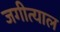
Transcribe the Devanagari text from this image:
जगीत्याल